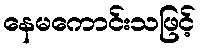
နေမကောင်းသဖြင့်